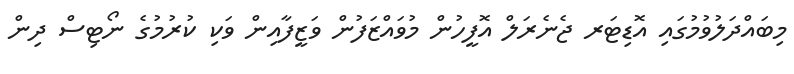
މިބައްދަލުވުމުގައި އޮޑިޓަރ ޖެނެރަލް އޮފީހުން މުވައްޒަފުން ވަޒީފާއިން ވަކި ކުރުމުގެ ނޯޓިސް ދިން